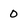
Character: 0